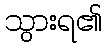
သွားရ၏